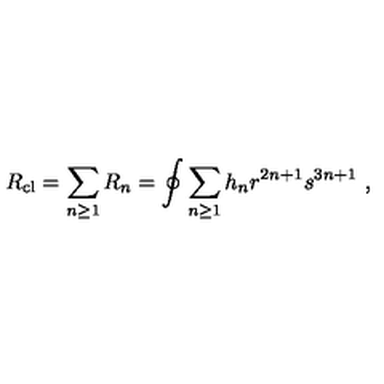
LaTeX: R _ { \mathrm { c l } } = \sum _ { n \ge 1 } R _ { n } = \oint \sum _ { n \ge 1 } h _ { n } r ^ { 2 n + 1 } s ^ { 3 n + 1 } \ ,